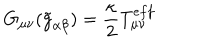
G _ { \mu \nu } ( \tilde { g } _ { \alpha \beta } ) = \frac { \kappa } { 2 } T _ { \mu \nu } ^ { e f f }